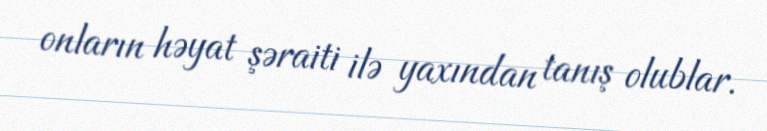
onların həyat şəraiti ilə yaxından tanış olublar.